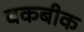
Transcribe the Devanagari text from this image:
बकबीक